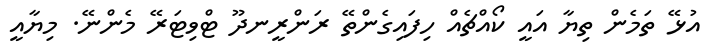
އުޅޭ ތަމެން ތިޔާ އައީ ކޯއްޗެއް ހިފައިގެންތޭ ރަންރީނދޫ ޓްވިޓަރޭ މެންނޭ. މިޔާއީ